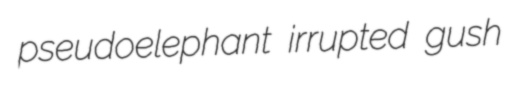
pseudoelephant irrupted gush